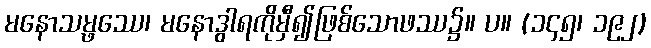
မနောသမ္ဖဿေ၊ မနောဒွါရကိုမှီ၍ဖြစ်သောဖဿ၌။ ပ။ (၁၄၅၊ ၁၉၂)